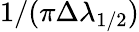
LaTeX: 1/(\pi\Delta\lambda_{1/2})